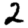
Digit: 2